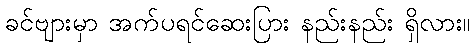
ခင်ဗျားမှာ အက်ပရင်ဆေးပြား နည်းနည်း ရှိလား။